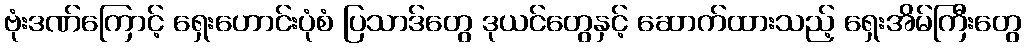
ဗုံးဒဏ်ကြောင့် ရှေးဟောင်းပုံစံ ပြသာဒ်တွေ ဒုယင်တွေနှင့် ဆောက်ထားသည့် ရှေးအိမ်ကြီးတွေ